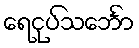
ရေငုပ်သင်္ဘော